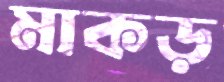
মাকড়